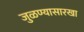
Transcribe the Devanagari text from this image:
जुळण्यासारखा